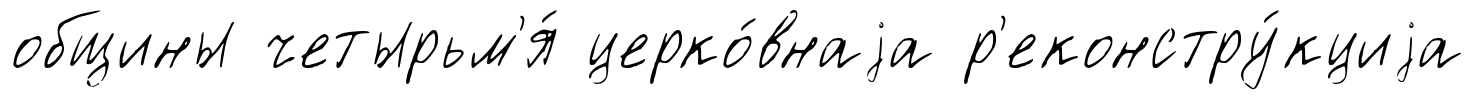
общины четырьм'я́ церко́внаjа р'еконстру́кциjа